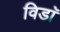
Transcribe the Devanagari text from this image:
विडाॅ